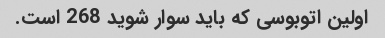
اولین اتوبوسی که باید سوار شوید 268 است.